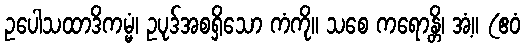
ဥပေါသထာဒိကမ္မံ၊ ဥပုဒ်အစရှိသော ကံကို။ သစေ ကရောန္တိ၊ အံ့။ (ဧဝံ